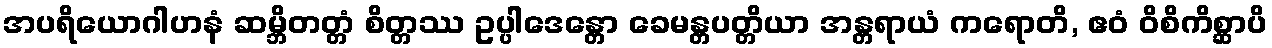
အပရိယောဂါဟနံ ဆမ္ဘိတတ္တံ စိတ္တဿ ဥပ္ပါဒေန္တော ခေမန္တပတ္တိယာ အန္တရာယံ ကရောတိ, ဧဝံ ဝိစိကိစ္ဆာပိ